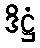
ဒိဋ္ဌံ